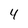
Character: 4